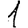
Digit: 1